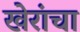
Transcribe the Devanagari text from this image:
खेरांचा